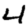
Digit: 4